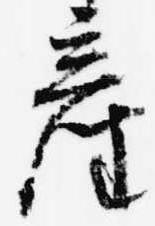
産